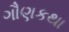
ગૌણકથા